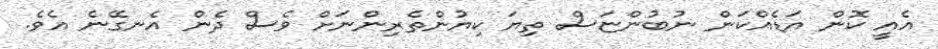
އެއީ ކޮން އަޑެއްކަން ނުބުންޏަސް ތިޔަ ކިޔުންތެރިންނަށް ވެސް ދެން އެނގޭނެ އެވެ.